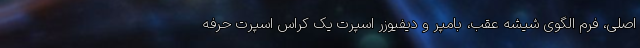
اصلی، فرم الگوی شیشه عقب، بامپر و دیفیوزر اسپرت یک کراس اسپرت حرفه